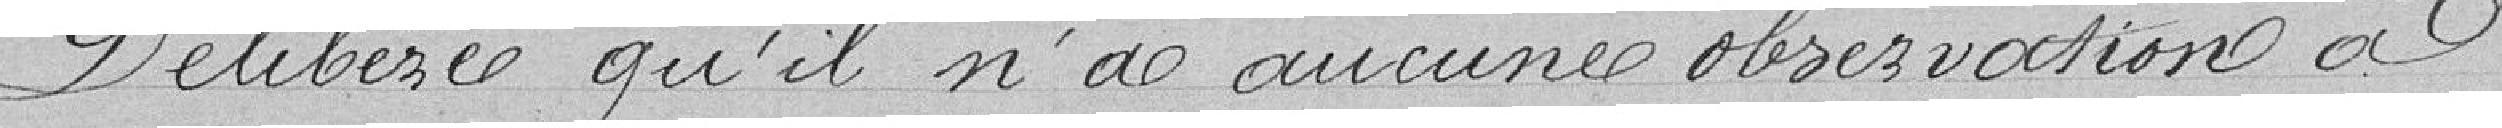
Délibère qu'il n'a aucune observation à